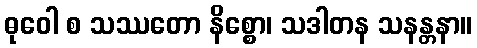
ဓုဝေါ စ သဿတော နိစ္စော၊ သဒါတန သနန္တနာ။